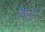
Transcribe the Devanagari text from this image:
नेषनल